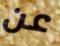
عن